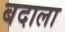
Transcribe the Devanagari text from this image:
बदाला